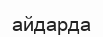
айдарда